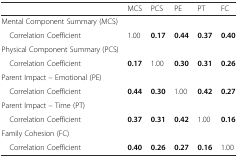
|  | MCS | PCS | PE | PT | FC |
 | --- | --- | --- | --- | --- | --- |
 | Mental Component Summary (MCS) |  |  |  |  |  |
 | Correlation Coefficient | 1.00 | 0.17 | 0.44 | 0.37 | 0.40 |
 | Physical Component Summary (PCS) |  |  |  |  |  |
 | Correlation Coefficient | 0.17 | 1.00 | 0.30 | 0.31 | 0.26 |
 | Parent Impact – Emotional (PE) |  |  |  |  |  |
 | Correlation Coefficient | 0.44 | 0.30 | 1.00 | 0.42 | 0.27 |
 | Parent Impact – Time (PT) |  |  |  |  |  |
 | Correlation Coefficient | 0.37 | 0.31 | 0.42 | 1.00 | 0.16 |
 | Family Cohesion (FC) |  |  |  |  |  |
 | Correlation Coefficient | 0.40 | 0.26 | 0.27 | 0.16 | 1.00 |